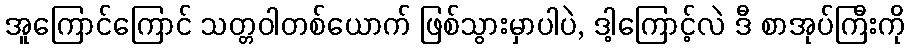
အူကြောင်ကြောင် သတ္တဝါတစ်ယောက် ဖြစ်သွားမှာပါပဲ, ဒါ့ကြောင့်လဲ ဒီ စာအုပ်ကြီးကို